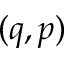
( q , p )